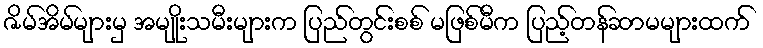
ဇိမ်အိမ်များမှ အမျိုးသမီးများက ပြည်တွင်းစစ် မဖြစ်မီက ပြည့်တန်ဆာမများထက်